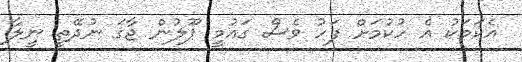
އެކަމަކު އެ ހުކުމަށް ފަހު ވެސް ގައުމީ ޕޫލުން ޖާގަ ނުދޭތީ ނީލާ